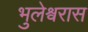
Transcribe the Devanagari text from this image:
भुलेश्वरास